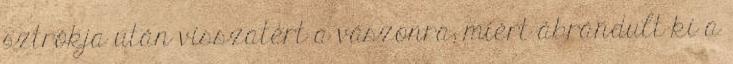
sztrókja után visszatért a vászonra; miért ábrándult ki a